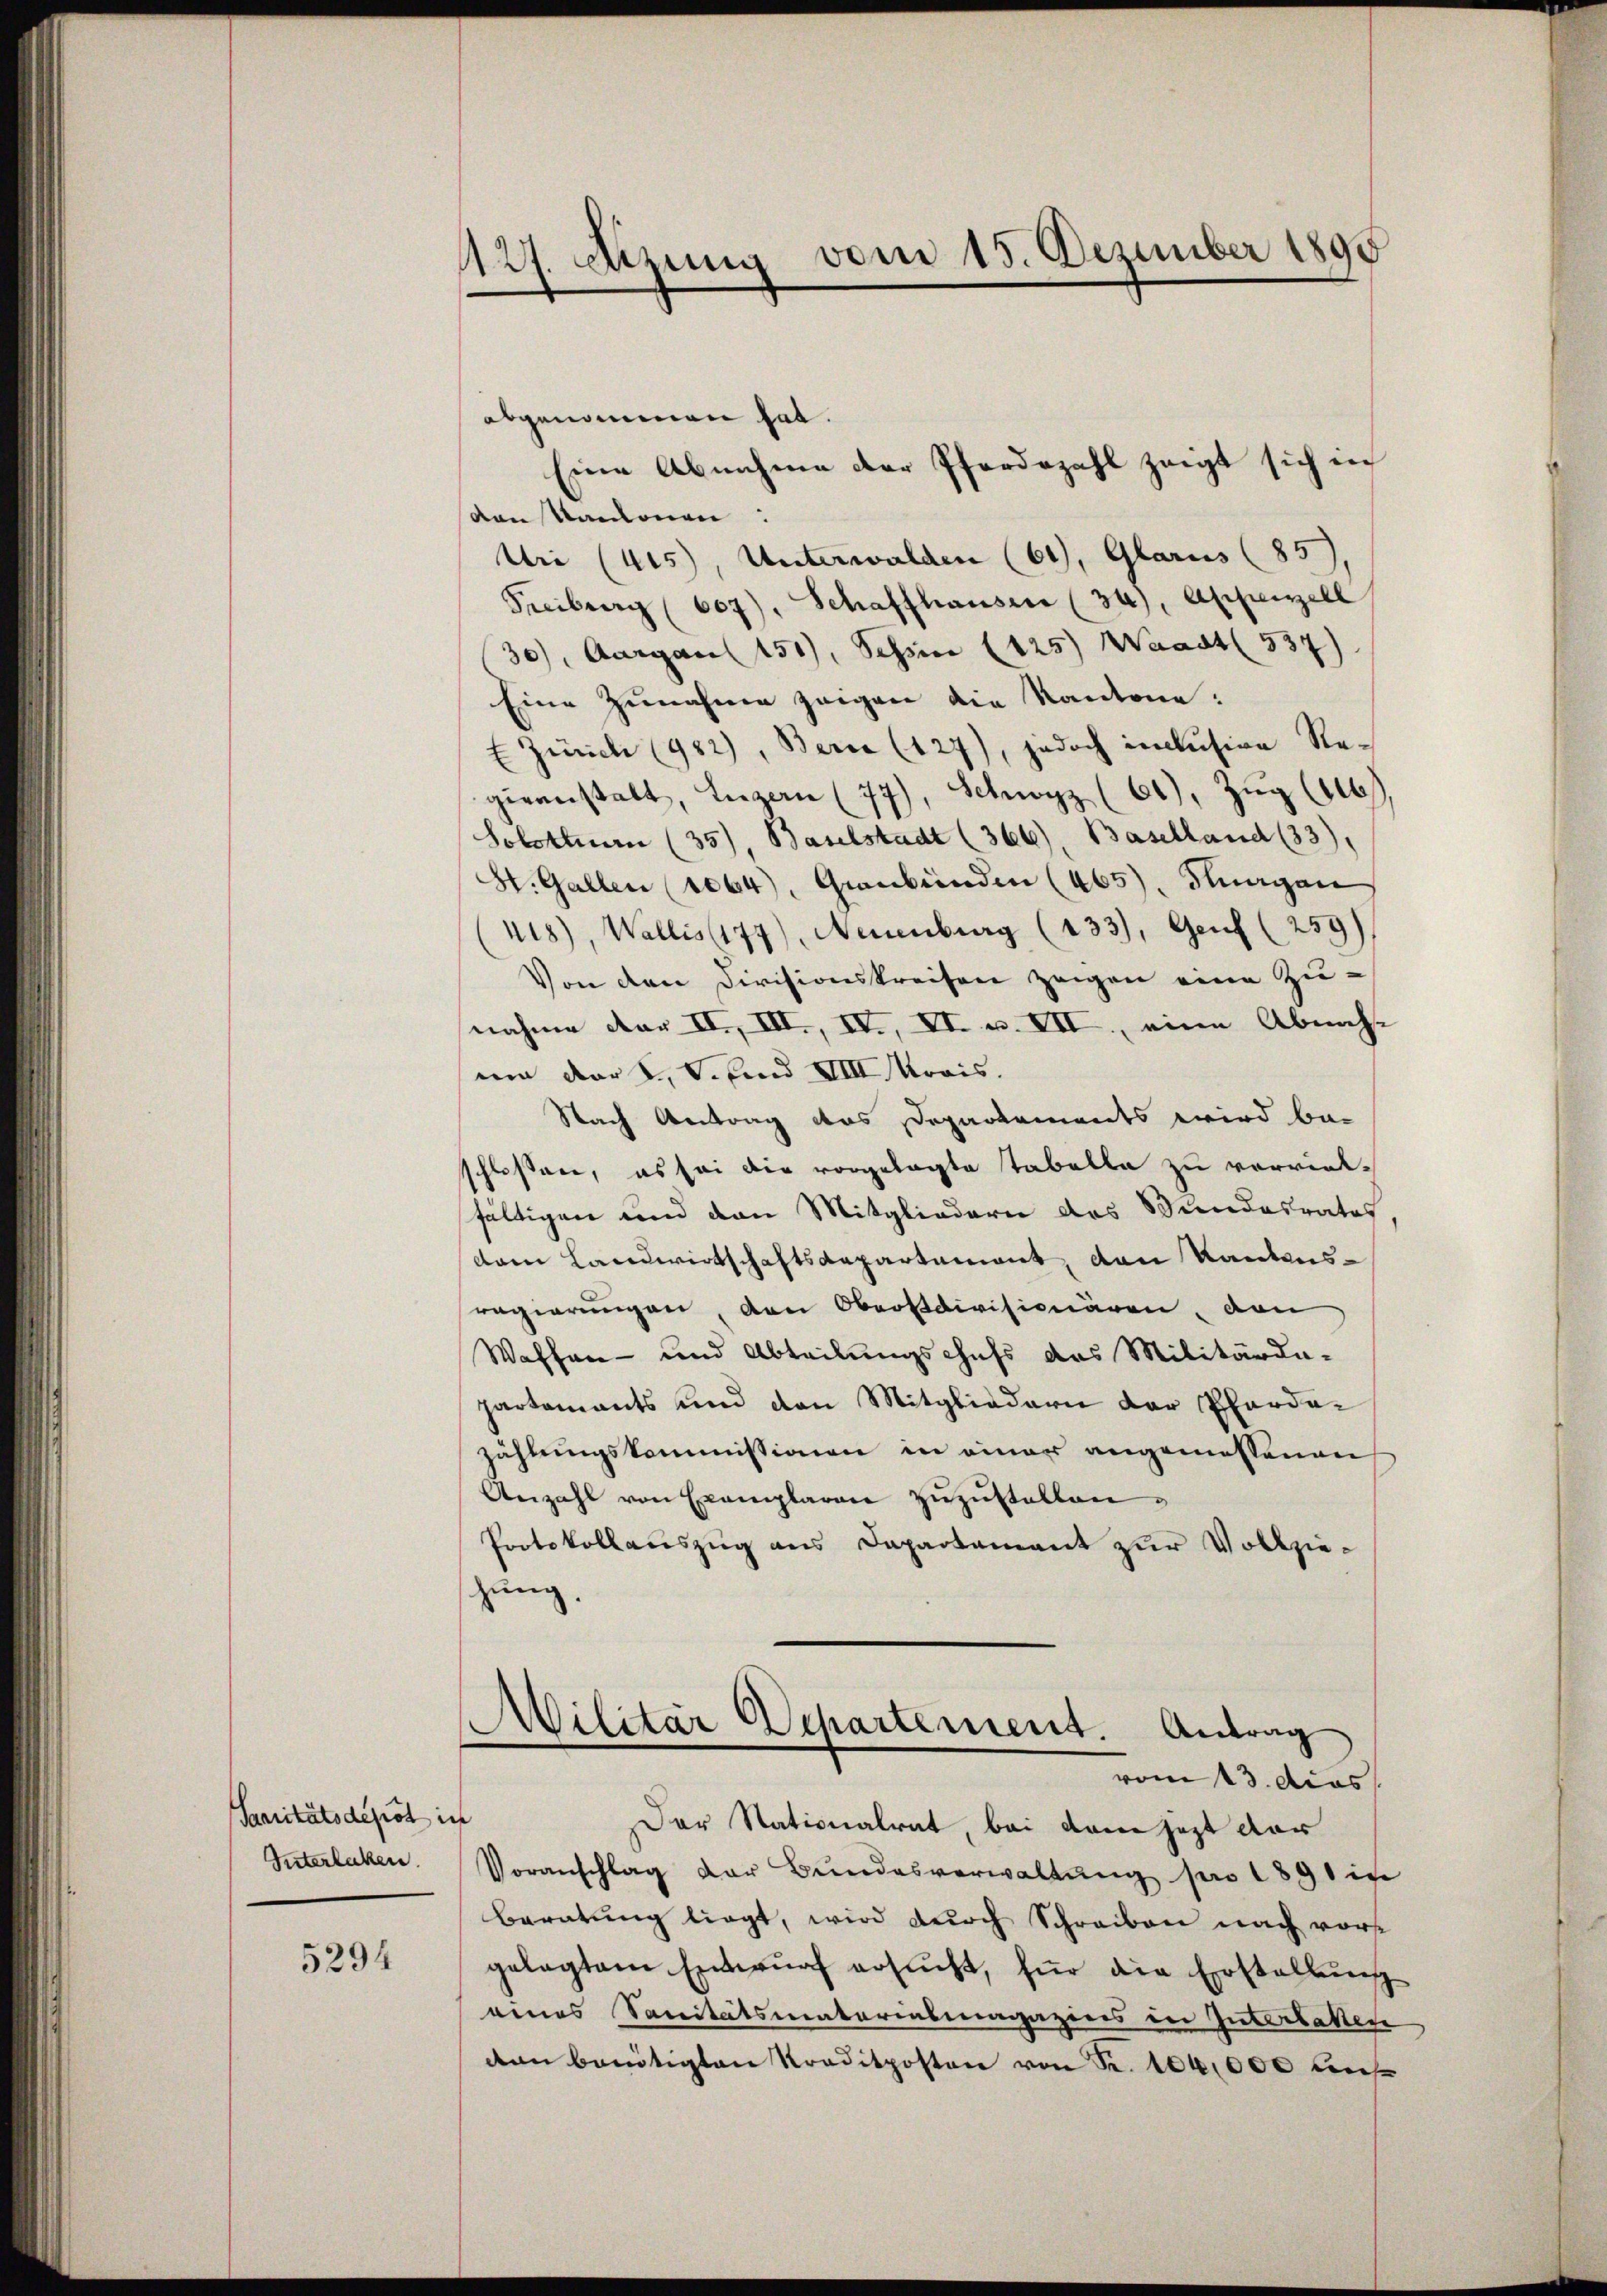
Saaritätsdepot ich
Vnterlaken.

5294

427. Sitzung vom 15. Dezember 1890

abgenommen hat.
von Kanonen:
Uri (uis, Unterwalden (61), Glarus (85)
Freiburg (609), Schaffhauser (34), Appenzell
30), Aargau 151), Schine (125) Waadt 537)
Eine Zunahme zeigen die Kantone:
E Zürich (482), Berie (127), jedoch inclusive Regieanstalt, Luzern (77), Schwyz (61), Zŭg (16
Solothurn (35), Baselstadt (366), Baselland (33).
St. Gallen (1064), Graubünden (465). Flurgen
418), Wallis (177), Neuenburg (133), Genf (259)
Von den Divisionskreisen zeigen eine Zu-
nahme der II, III., IV, VI. v. VII, eine Abnahum der 2, Schend VIII Movois.
Nach Antrag des Departements wird be-
schloßen, es sei die vorgelegte Tabelle zu vervielfältigen und den Mitgliedern des Wundesrates
dam Landwirtschaftsdepartement, von Kantons-
regierungen, den Oberstdivisionären, den
Waffen- und Abteilungschefs das Militärde-
partamants und den Mitgliedern der Pfardazählungskommissionen in einer angemessenen
Anzahl von Exemplaren zŭzŭstellen.
Protokollauszug aus Dapartement zur Vollziehung,
Militär Departement. Antrag
vom 13. dies
Der Stationalrat, bei dann jetzt dar
Voranschlag der Bŭndesverwaltŭng pro 1891 in
Beratŭng liegt, wird dŭrch Schreiben nach vorgelegtem Entwŭrf ersŭcht, für die Erstellŭng
eines Sanitätsmatoriasmagaziers in Interlaßen
don benötigten Kreditposten von Fr. 100,000 bes

Eine Abnahme der Pferdezahl zeigt sich in